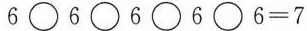
6\Box6\Box6\Box6\Box6=7